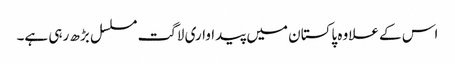
اس کے علاوہ پاکستان میں پیداواری لاگت مسلسل بڑھ رہی ہے۔